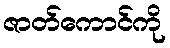
ဇာတ်ကောင်ကို